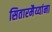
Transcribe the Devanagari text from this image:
सितारमैय्यांना